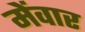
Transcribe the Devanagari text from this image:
मेंवार